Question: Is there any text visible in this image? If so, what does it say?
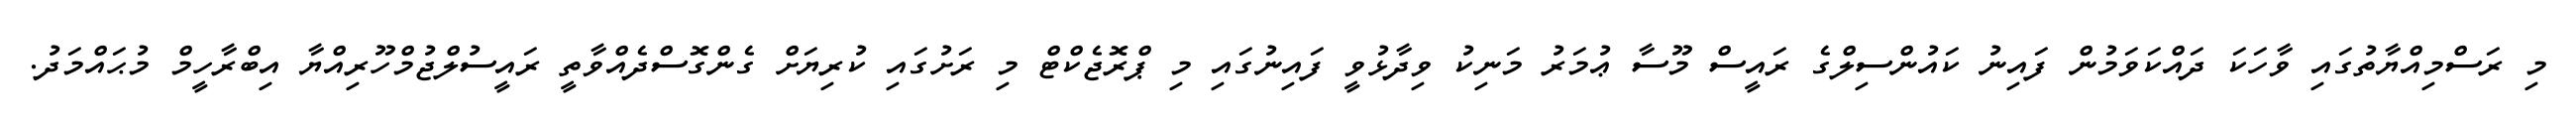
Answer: މި ރަސްމިއްޔާތުގައި ވާހަކަ ދައްކަވަމުން ފައިނު ކައުންސިލްގެ ރައީސް މޫސާ ޢުމަރު މަނިކު ވިދާޅުވީ ފައިނުގައި މި ޕްރޮޖެކްޓް މި ރަށުގައި ކުރިޔަށް ގެންގޮސްދެއްވާތީ ރައީސުލްޖުމްހޫރިއްޔާ އިބްރާހީމް މުޙައްމަދު.